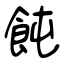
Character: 飩